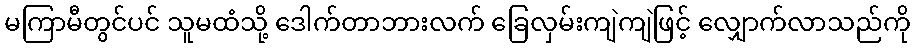
မကြာမီတွင်ပင် သူမထံသို့ ဒေါက်တာဘားလက် ခြေလှမ်းကျဲကျဲဖြင့် လျှောက်လာသည်ကို